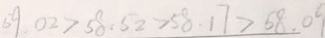
5 9 . 0 2 > 5 8 . 5 2 > 5 8 . 1 7 > 5 8 . 0 9